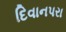
દિવાનપરા